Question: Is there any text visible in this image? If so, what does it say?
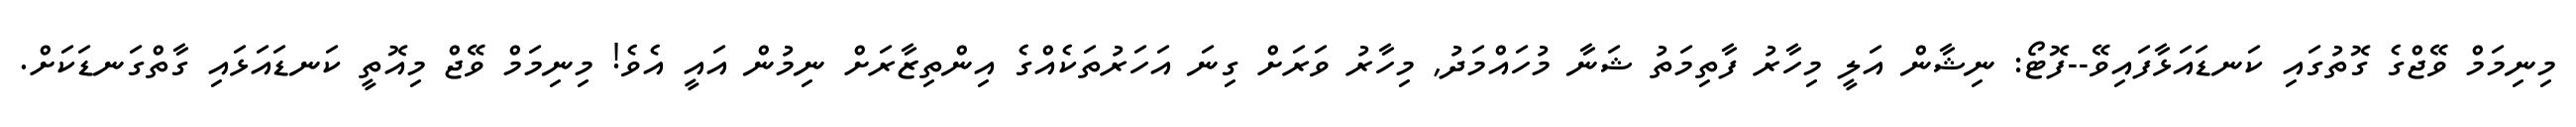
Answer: މިނިމަމް ވޭޖްގެ ގޮތުގައި ކަނޑައަޅާފައިވޭ--ފޮޓޯ: ނިޝާން އަލީ މިހާރު ފާތިމަތު ޝަނާ މުހައްމަދު, މިހާރު ވަރަށް ގިނަ އަހަރުތަކެއްގެ އިންތިޒާރަށް ނިމުން އައީ އެވެ! މިނިމަމް ވޭޖް މިއޮތީ ކަނޑައަޅައި ގާތްގަނޑަކަށް.